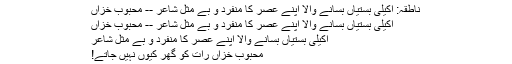
ناطقہ: اکیلی بستیاں بسانے والا اپنے عصر کا منفرد و بے مثل شاعر -- محبوب خزاں
اکیلی بستیاں بسانے والا اپنے عصر کا منفرد و بے مثل شاعر -- محبوب خزاں
اکیلی بستیاں بسانے والا اپنے عصر کا منفرد و بے مثل شاعر
محبوب خزاں رات کو گھر کیوں نہیں جاتے!